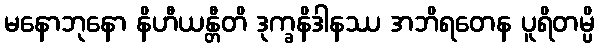
မနောဘုနော နိဟီယန္တီတိ ဒုက္ခနိဒါနဿ အဘိရတေန ပူရိတမ္ပိ